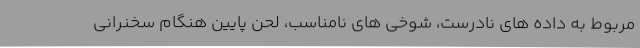
مربوط به داده های نادرست، شوخی های نامناسب، لحن پایین هنگام سخنرانی